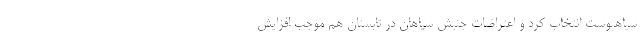
سیاهپوست انتخاب کرد و اعتراضات جنبش سیاهان در تابستان هم موجب افزایش